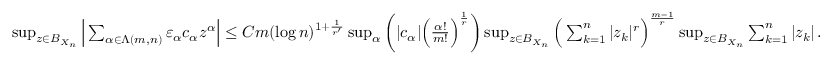
\begin{array} { r } { \operatorname* { s u p } _ { z \in B _ { X _ { n } } } \Big \vert \sum _ { \alpha \in \Lambda ( m , n ) } \varepsilon _ { \alpha } c _ { \alpha } z ^ { \alpha } \Big \vert \leq C m ( \log n ) ^ { 1 + \frac { 1 } { r ^ { \prime } } } \operatorname* { s u p } _ { \alpha } \bigg ( \vert c _ { \alpha } \vert \Big ( \frac { \alpha ! } { m ! } \Big ) ^ { \frac { 1 } { r } } \bigg ) \operatorname* { s u p } _ { z \in B _ { X _ { n } } } \Big ( \sum _ { k = 1 } ^ { n } \vert z _ { k } \vert ^ { r } \Big ) ^ { \frac { m - 1 } { r } } \operatorname* { s u p } _ { z \in B _ { X _ { n } } } \sum _ { k = 1 } ^ { n } \vert z _ { k } \vert \, . } \end{array}